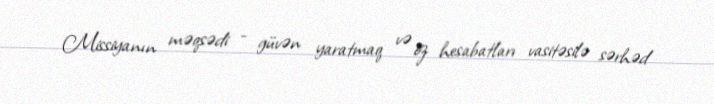
Missiyanın məqsədi - güvən yaratmaq və öz hesabatları vasitəsilə sərhəd